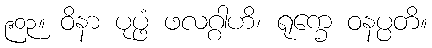
၉၀၃။ ဝိနာ ပုပ္ဖံ ဖလဂ္ဂါဟိ၊ ရုက္ခေ ဝနပ္ပတိ။